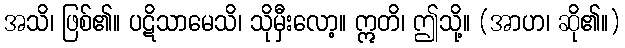
အသိ၊ ဖြစ်၏။ ပဋိသာမေသိ၊ သိုမှီးလော့။ ဣတိ၊ ဤသို့။ (အာဟ၊ ဆို၏။)